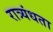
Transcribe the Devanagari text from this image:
रात्र्यंधता